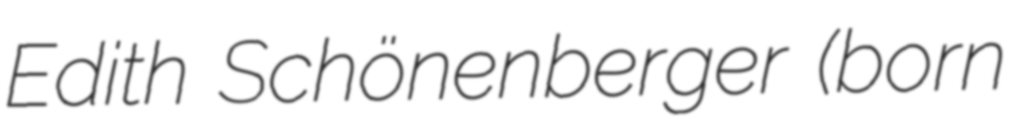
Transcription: Edith Schönenberger (born